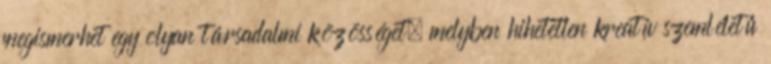
megismerhet egy olyan társadalmi közösséget, melyben hihetetlen kreatív szemléletű